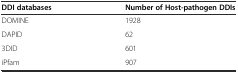
<table><thead><tr><td><b>DDI databases</b></td><td><b>Number of Host-pathogen DDIs</b></td></tr></thead><tbody><tr><td>DOMINE</td><td>1928</td></tr><tr><td>DAPID</td><td>62</td></tr><tr><td>3DID</td><td>601</td></tr><tr><td>iPfam</td><td>907</td></tr></tbody></table>